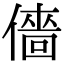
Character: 𠎸